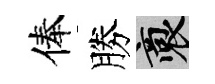
俸勝裔